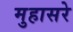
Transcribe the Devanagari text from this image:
मुहासरे